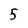
Character: 5